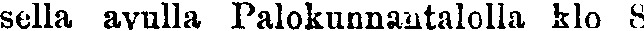
sella avulla Palokunnantalolla klo 8